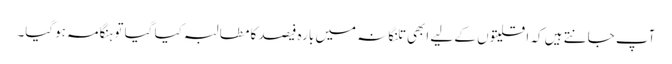
آپ جانتے ہیں کہ اقلیتوں کے لیے ابھی تلنگانہ میں بارہ فیصد کا مطالبہ کیا گیا تو ہنگامہ ہوگیا۔